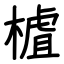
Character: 樝